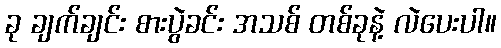
ခု ချက်ချင်း စားပွဲခင်း အသစ် တစ်ခုနဲ့ လဲပေးပါ။